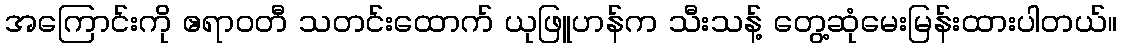
အကြောင်းကို ဧရာဝတီ သတင်းထောက် ယုဖြူဟန်က သီးသန့် တွေ့ဆုံမေးမြန်းထားပါတယ်။